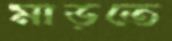
মাড়তে